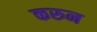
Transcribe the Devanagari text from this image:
करुन